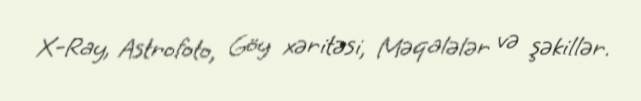
X-Ray, Astrofoto, Göy xəritəsi, Məqalələr və şəkillər.